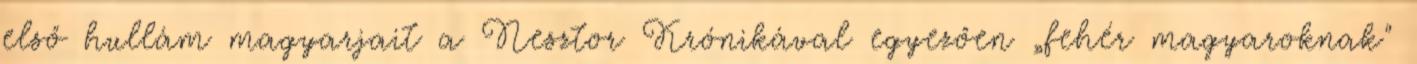
első hullám magyarjait a Nesztor Krónikával egyezően „fehér magyaroknak"